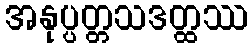
အနုပ္ပတ္တသဒတ္ထဿ